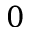
0